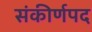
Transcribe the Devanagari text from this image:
संकीर्णपद